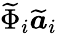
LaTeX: \widetilde{\Phi}_{i}\widetilde{\boldsymbol{a}}_{i}